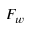
F _ { w }